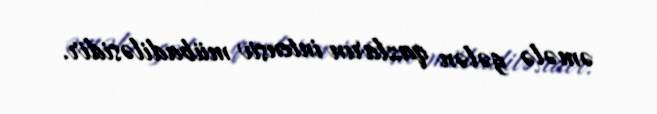
əmələ gələn qazların intensiv mübadiləsidir.